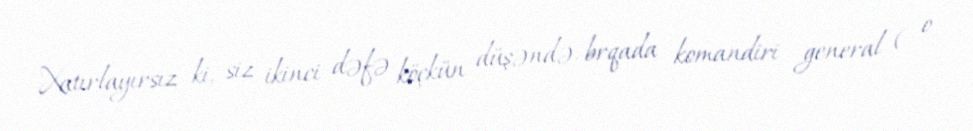
Xatırlayırsız ki, siz ikinci dəfə köçkün düşəndə, brqada komandiri general ( o